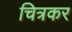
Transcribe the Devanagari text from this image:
चित्रकर